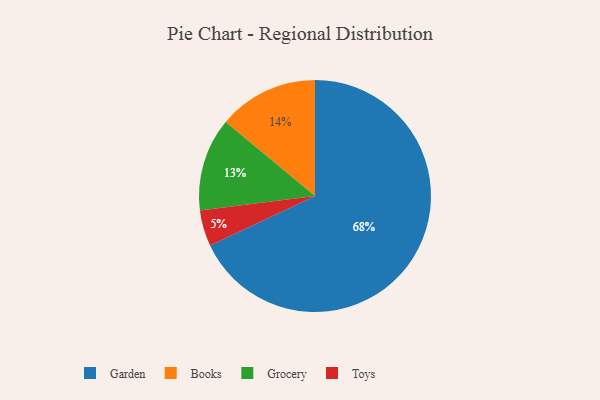
{"axis": {"x": "Category", "y": "Percentage"}, "legend": ["Books", "Garden", "Grocery", "Toys"], "data": [{"x": "Garden", "y": 68, "type": "Garden"}, {"x": "Grocery", "y": 13, "type": "Grocery"}, {"x": "Toys", "y": 5, "type": "Toys"}, {"x": "Books", "y": 14, "type": "Books"}]}